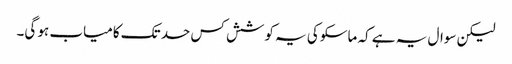
لیکن سوال یہ ہے کہ ماسکو کی یہ کوشش کس حد تک کامیاب ہو گی۔